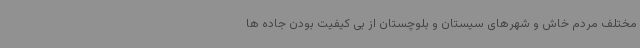
مختلف مردم خاش و شهرهای سیستان و بلوچستان از بی کیفیت بودن جاده ها